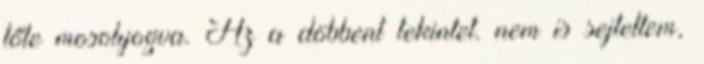
tőle mosolyogva. Az a döbbent tekintet. nem is sejtettem,